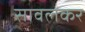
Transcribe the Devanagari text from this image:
सावलकर